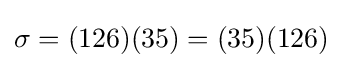
\sigma =(126)(35)=(35)(126)